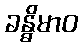
ခန္ဓိမာဝ